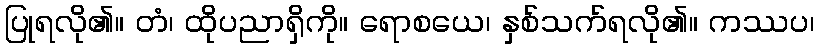
ပြုရလို၏။ တံ၊ ထိုပညာရှိကို။ ရောစယေ၊ နှစ်သက်ရလို၏။ ကဿပ၊